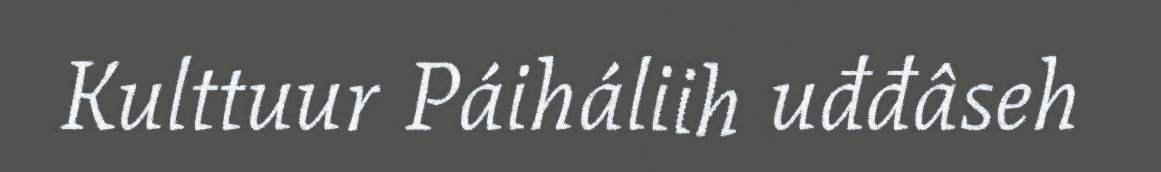
Kulttuur Páiháliih uđđâseh